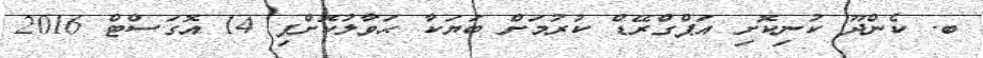
ބ. ކެންދޫ ކުނިކޮށި އަޕްގްރޭޑް ކުރުމަށް ބަޔަކާ ޙަވާލުކޮށްފި 14 އޮގަސްޓް 2016